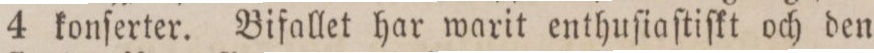
4 konſerter. Bifallet har warit enthuſiaſtiſkt och den